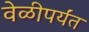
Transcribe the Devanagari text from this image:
वेळीपर्यंत